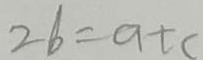
2 b = a + c